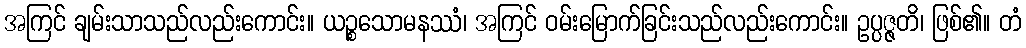
အကြင် ချမ်းသာသည်လည်းကောင်း။ ယဉ္စသောမနဿံ၊ အကြင် ဝမ်းမြောက်ခြင်းသည်လည်းကောင်း။ ဥပ္ပဇ္ဇတိ၊ ဖြစ်၏။ တံ